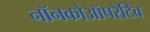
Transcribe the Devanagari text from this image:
नॉनकोऑपरेटिव